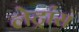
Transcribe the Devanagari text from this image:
लेट्रांस